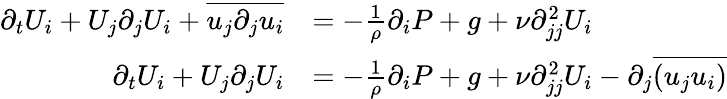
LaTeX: \begin{array}{rl}{\partial_{t}U_{i}+U_{j}\partial_{j}U_{i}+\overline{{u_{j}\partial_{j}u_{i}}}}&{=-\frac{1}{\rho}\partial_{i}P+g+\nu\partial_{jj}^{2}U_{i}}\\ {\partial_{t}U_{i}+U_{j}\partial_{j}U_{i}}&{=-\frac{1}{\rho}\partial_{i}P+g+\nu\partial_{jj}^{2}U_{i}-\partial_{j}\overline{{(u_{j}u_{i})}}}\end{array}